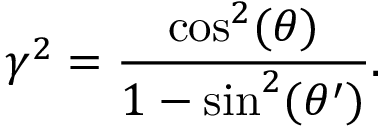
\gamma ^ { 2 } = \frac { \cos ^ { 2 } ( \theta ) } { 1 - \sin ^ { 2 } ( \theta ^ { \prime } ) } .